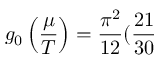
g _ { 0 } \left( \frac { \mu } { T } \right) = \frac { \pi ^ { 2 } } { 1 2 } ( \frac { 2 1 } { 3 0 }